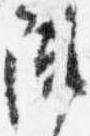
陣